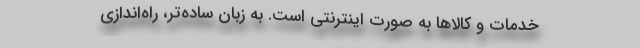
خدمات و کالاها به صورت اینترنتی است. به زبان ساده‌تر، راه‌اندازی